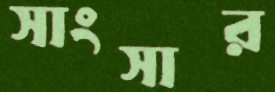
সাংসার